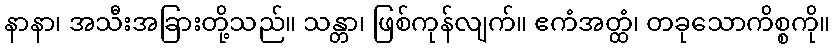
နာနာ၊ အသီးအခြားတို့သည်။ သန္တာ၊ ဖြစ်ကုန်လျက်။ ဧကံအတ္ထံ၊ တခုသောကိစ္စကို။